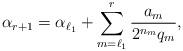
LaTeX: \begin{align*}\alpha_{r+1}=\alpha_{\ell_1}+\sum_{m={\ell_1}}^r \frac{a_m}{2^{n_{m}} {q_m}},\end{align*}